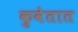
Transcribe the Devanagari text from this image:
कुवेतात